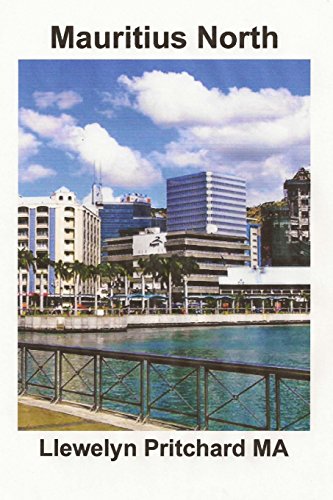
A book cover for Mauritius North: Aandenking Versameling van kleurfotos met onderskrifte (Foto Album) (Volume 11) (Afrikaans Edition); Llewelyn Pritchard MA; Travel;